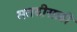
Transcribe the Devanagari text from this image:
मतदीसाठी